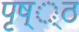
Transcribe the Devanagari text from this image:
पृष््ठ